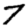
Digit: 7